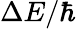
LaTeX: \Delta{E}/\hbar